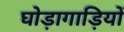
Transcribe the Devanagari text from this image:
घोड़ागाड़ियों